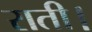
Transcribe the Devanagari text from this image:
राती।